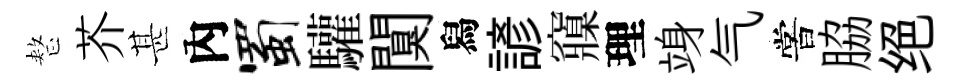
整芥甚內蜀驩闃舄諺䆿理竧气嘗脇绝